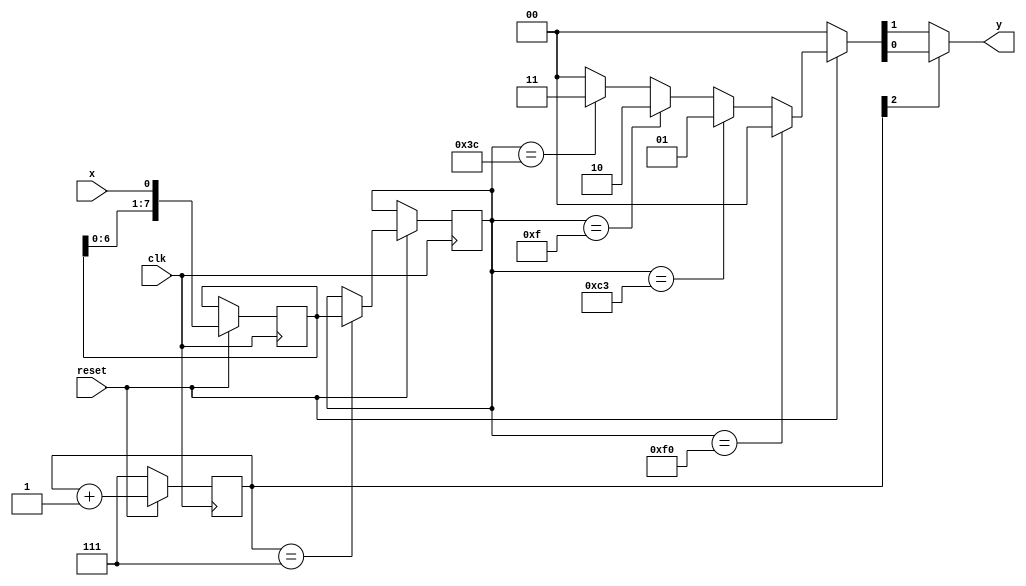
`timescale 1ns / 1ps
//////////////////////////////////////////////////////////////////////////////////
// Company: 
// Engineer: 
// 
// Design Name: 
// Module Name:    QPSK_two 
// Project Name: 
// Target Devices: 
// Tool versions: 
// Description: 
//
// Dependencies: 
//
// Revision: 
// Revision 0.01 - File Created
// Additional Comments: 
//
//////////////////////////////////////////////////////////////////////////////////
module QPSK_two(clk, reset, x, y);
input clk;       //
input reset;     //
input x;         //
output y;        //QPSK

// 8
reg [7:0] temp; 
reg [7:0] temp2;
reg [2:0] cnt;
wire [1:0] y1;

always @(posedge clk) begin
   if (!reset)
	    cnt <= 3'b111;
	else begin
	    cnt <= cnt +1;
		 if (cnt == 3'b111)
		    temp <= temp2;
		 else
		    temp <= temp;
		 temp2 <= {temp2[6:0], x};	 
   end
end

assign y1 = (reset == 0) ? 2'b00 : 
           (temp == 8'b11110000) ? 2'b00 :
           (temp == 8'b11000011)	? 2'b01 :
           (temp == 8'b00001111)	? 2'b10 :	
           (temp == 8'b00111100)	? 2'b11 : 2'b00;		

assign y = (cnt[2] == 0) ? y1[1] : y1[0];			  

endmodule